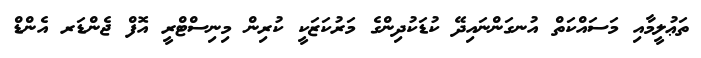
ތަޢުލީމާއި މަސައްކަތް އުނގަންނައިދޭ ކުޑަކުދިންގެ މަރުކަޒަކީ ކުރިން މިނިސްޓްރީ އޮފް ޖެންޑަރ އެންޑް